Report of the King Institute of Preventive Medicine, Guindy
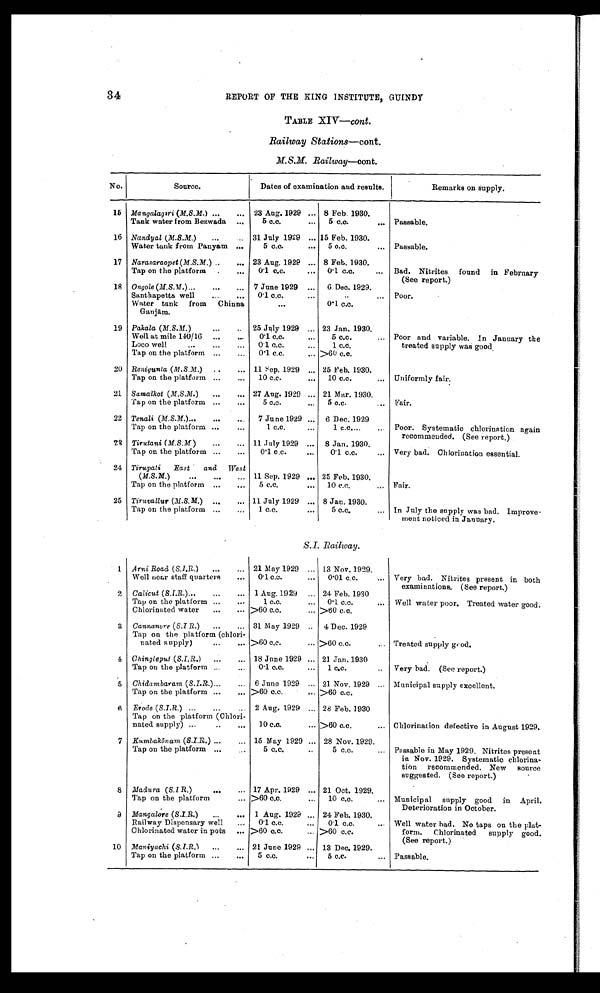
34
REPORT OF THE KING INSTITUTE, GUINDY
TABLE XIV—cont.
Railway Stations—cont.
M . S . M .
R a i l w a y
— c o n t .
No.
Source.
Dates of examination and results. Remarks on supply.
15 Mangalagiri (M.S.M. ) ...
... 23 Aug. 1929 ... 8 Feb. 1930.
Tank water from Bezwada
...
5 c.c.
...
5 c.c.
... Passable.
16 Nandyal ( M.S.M. ) ...
31 July 1929 ... 15 Feb. 1930.
Water tank from Panyam ...
5 c.c.
...
5 c.c.
. . . Passable.
17 Narasaraopet ( M.S.M. ) ..
... 23 Aug. 1929 ... 8 Feb. 1930.
Tap on the platform
...
0. 1 c. c.
...
0.1 c.c.
... Bad. Nitrites found in February
(See report.)
18 Ongole (M.S.M. )...
...
... 7 June 1929 ...
6 Dec. 1929.
Santhapetta well
...
...
0.1 c.c.
. . . ... Poor.
Water tank from
Chinna
...
0.1 c.c.
Ganjām.
19 Pakala (M.S.M. ) ...
..
25 July 1929 ... 23 Jan. 1930.
Well at mile 140/16
...
...
0.1 c.c.
...
5 c.c.
... Poor and variable. In January the
Loco well
...
...
...
0.1 c.c.
...
1 c . c .
treated supply was good.
Tap on the platform ...
...
0.1 c.c.
... >60 c.c.
20 Renigunta ( M.S.M. ) ...
... 11 Sep. 1929 ... 25 Feb. 1930.
Tap on the platform ...
...
1 0 c . c .
... 10 c.c.
... Uniformly fair.
21 Samalkot (M.S.M. ) ...
... 27 Aug. 1929 ... 21 Mar. 1930.
Tap on the platform ...
...
5 c.c.
...
5 c.c.
... Fair.
22 Tenali (M.S.M.) ...
...
7 June 1929 ... 6 Dec. 1929
Tap on the platform ...
...
1 c.c.
...
1 c.c....
Poor. Systematic chlorination again
recommended. (See report.)
2 3 Tirutani (M.S.M)
...
... 11 July 1929 ... 8 Jan. 1930.
Tap on the platform ...
...
0.1 c.c.
...
0.1 c.c.
... Very bad. Chlorination essential.
24 Tirupati
East
and West
( M.S.M.)
...
,..
... 11 Sep. 1929 ... 25 Feb. 1930.
Tap on the platform ...
...
5 c.c.
...
10 c.c.
... Fair.
25 Tiruvallur (M.S.M.) ...
... 11 July 1929 ... 8 Jan. 1930.
Tap on the platform ...
...
1 c,c.
...
5 c.c.
... In July the supply was bad. Improve-
ment noticed in January.
S. I . Railway.
1 Arni Road ( S.I.R. )
...
21 May 1929 ... 13 Nov. 1929.
Well near staff quarters
...
0.1 c.c.
...
0.01 c.c.
... Very bad. Nitrites present in both
examinations. (See report.)
2 Calicut (S.I.R.) ,..
...
... 1 Aug. 1929 ... 24 Feb. 1930
Tap on the platform ...
...
1 c.c.
...
0.1 c.c.
... Well water poor. Treated water good.
Chlorinated water
...
>60 c.c.
... >60 c.c.
3
Cannanore ( S.I.R.) . . .
. . . 31 May 1929 .. 4 Dec. 1929
Tap on the platform (chlori-
nated supply)
..
... >60 c.c.
... >60 c.c.
Treated supply good.
4 Chingleput( S . I . R .)
. . .
. . . 18 June 1929 ... 21 Jan. 1930
Tap on the platform ...
...
0.1 c.c.
...
1 c.c.
..
Very bad. (See report.)
5 Chidambaram ( S.I.R. ) ...
... 6 June 1929 ... 21 Nov. 1929 ... Municipal supply excellent.
Tap on the platform ...
... >60 c.c.
... >60 c.c.
6
Erode ( S.I.R. ) ...
...
... 2 Aug. 1929 ... 28 Feb. 1930
Tap on the platform (Chlori-
nated supply) ...
..
...
10 c.c.
... >60 c.c.
... Chlorination defective in August 1929.
7 Kumbakōnam ( S.I.R. ) ...
... 15 May 1929 ... 28 Nov. 1929.
Tap on the platform ...
...
5 c.c.
..
5 c.c.
... Passable in May 1929. Nitrites present
in Nov. 1929. Systematic chlorina-
tion recommended. New source
suggested. (See report.)
8
Madura ( S.I R. )
...
... 17 Apr. 1929 ... 21 Oct. 1929.
Tap on the platform
... >60 c.c.
...
10 c.c.
... Municipal
supply good in April.
Deterioration in October.
9
Mangalore (S.I.R.) ...
... 1 Aug. 1929 ... 24 Feb. 1930.
Railway Dispensary well
...
0.1 c.c.
...
0.1 c.c.
Well water bad. No taps on the plat-
Chlorinated water in pots ... >60 c.c.
... >60 c.c.
form.
Chlorinated
supply good.
(See report.)
10
Maniyachi ( S.I.R. )
...
... 21 June 1929 ... 13 Dec. 1929.
Tap on the platform ...
...
5 c.c.
...
5 c.c.
... Passable.